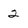
Character: 2